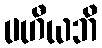
ပဟီယဘိ